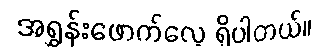
အရွှန်းဖောက်လေ့ ရှိပါတယ်။